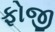
ફોજી